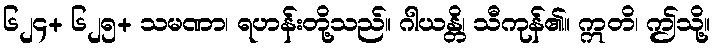
၆၂၄+ ၆၂၅+ သမဏာ၊ ရဟန်းတို့သည်။ ဂါယန္တိ၊ သီကုန်၏။ ဣတိ၊ ဤသို့။